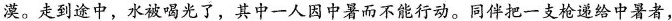
漠。走到途中，水被喝光了，其中一人因中暑而不能行动。同伴把一支枪递给中暑者，